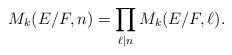
LaTeX: \begin{align*}M_k(E/F, n)=\prod_{\ell \mid n} M_k(E/F, \ell). \end{align*}